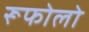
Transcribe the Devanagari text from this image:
रूफोलो